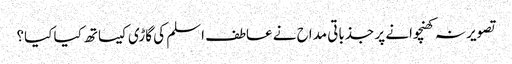
تصویر نہ کھنچوانے پر جذباتی مداح نے عاطف اسلم کی گاڑی کیساتھ کیا کیا؟